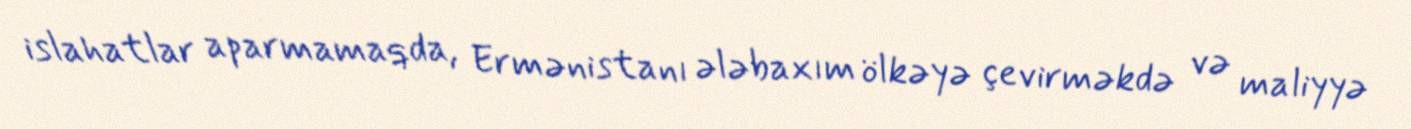
islahatlar aparmamaqda, Ermənistanı ələbaxım ölkəyə çevirməkdə və maliyyə